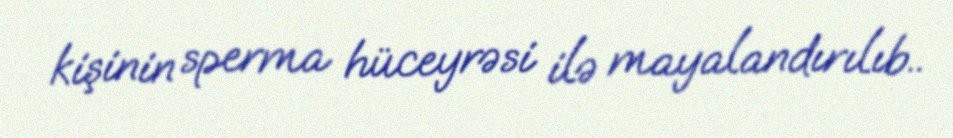
kişinin sperma hüceyrəsi ilə mayalandırılıb..